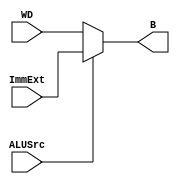
module ALU_Mux (
		input wire [31:0]  WD, ImmExt,
		input wire	   ALUSrc,
		output wire [31:0] B
		);

   assign B = ALUSrc ? ImmExt : WD;

endmodule